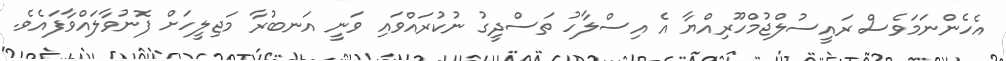
އެހެންނަމަވެސް ރައީސުލްޖުމްހޫރިއްޔާ އެ އިސްލާހު ތަސްދީގު ނުކުރައްވައި ވަނީ އަނބުރާ މަޖިލީހަށް ފޮނުވާލައްވާފައެވެ.